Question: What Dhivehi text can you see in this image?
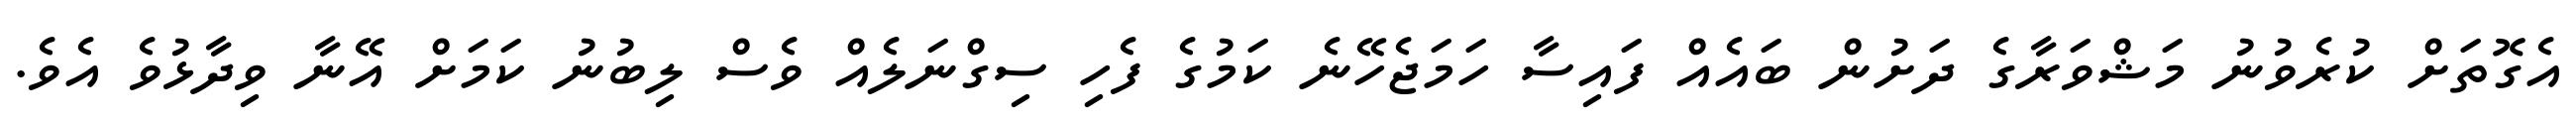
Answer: އެގޮތަށް ކުރެވުނު މަޝްވަރާގެ ދަށުން ބައެއް ފައިސާ ހަމަޖެހޭނެ ކަމުގެ ފެހި ސިގްނަލެއް ވެސް ލިބުނު ކަމަށް އޭނާ ވިދާޅުވެ އެވެ.